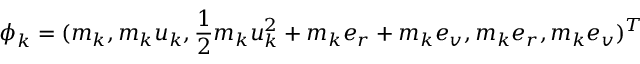
\boldsymbol { \phi } _ { k } = ( m _ { k } , m _ { k } \boldsymbol { u } _ { k } , \frac { 1 } { 2 } m _ { k } \boldsymbol { u } _ { k } ^ { 2 } + { m _ { k } } { e _ { r } } + { m _ { k } } { e _ { v } } , { m _ { k } } { e _ { r } } , { m _ { k } } { e _ { v } } ) ^ { T }